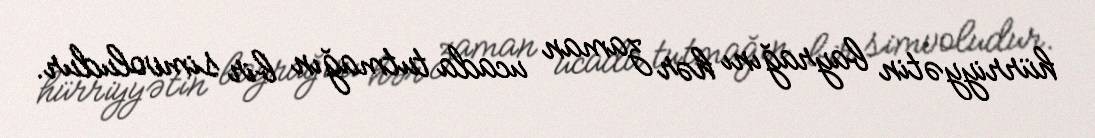
hürriyyətin bayrağını hər zaman ucada tutmağın bir simvoludur.